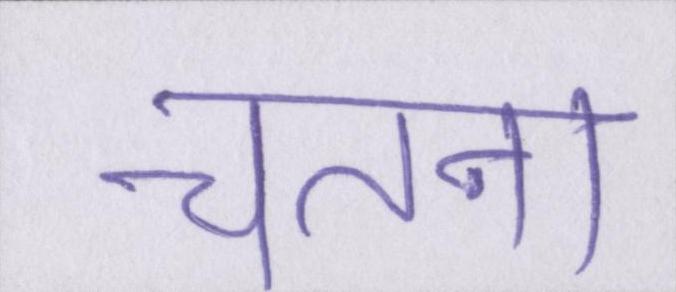
चेतना